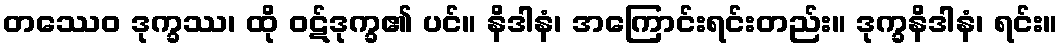
တဿေဝ ဒုက္ခဿ၊ ထို ဝဋ်ဒုက္ခ၏ ပင်။ နိဒါနံ၊ အကြောင်းရင်းတည်း။ ဒုက္ခနိဒါနံ၊ ရင်း။